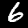
Label: 6